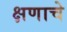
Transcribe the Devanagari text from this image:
क्षणाचे